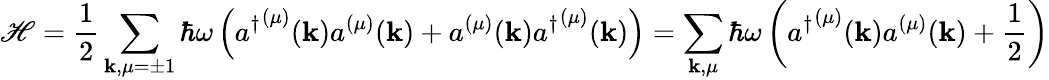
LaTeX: \mathscr{H}={\frac{{1}}{{2}}}\sum_{\mathbf{{k}},\mu=\pm1}\hbar\omega\left({a^{\dagger}}^{(\mu)}(\mathbf{{k}})a^{(\mu)}(\mathbf{{k}})+a^{(\mu)}(\mathbf{{k}}){a^{\dagger}}^{(\mu)}(\mathbf{{k}})\right)=\sum_{\mathbf{{k}},\mu}\hbar\omega\left({a^{\dagger}}^{(\mu)}(\mathbf{{k}})a^{(\mu)}(\mathbf{{k}})+{\frac{{1}}{{2}}}\right)